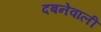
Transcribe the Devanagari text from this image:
दबनेवाली